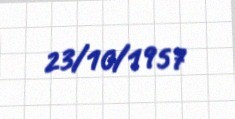
23/10/1957